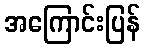
အကြောင်းပြန်